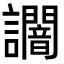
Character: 𧮍